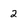
Character: 2